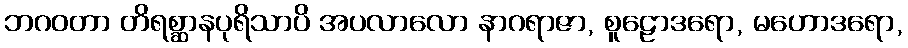
ဘဂဝတာ တိရစ္ဆာနပုရိသာပိ အပလာလော နာဂရာဇာ, စူဠောဒရော, မဟောဒရော,